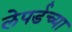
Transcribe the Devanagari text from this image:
लेपर्डच्या